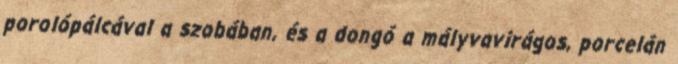
porolópálcával a szobában, és a dongó a mályvavirágos, porcelán